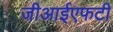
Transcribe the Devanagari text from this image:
जीआईएफटी